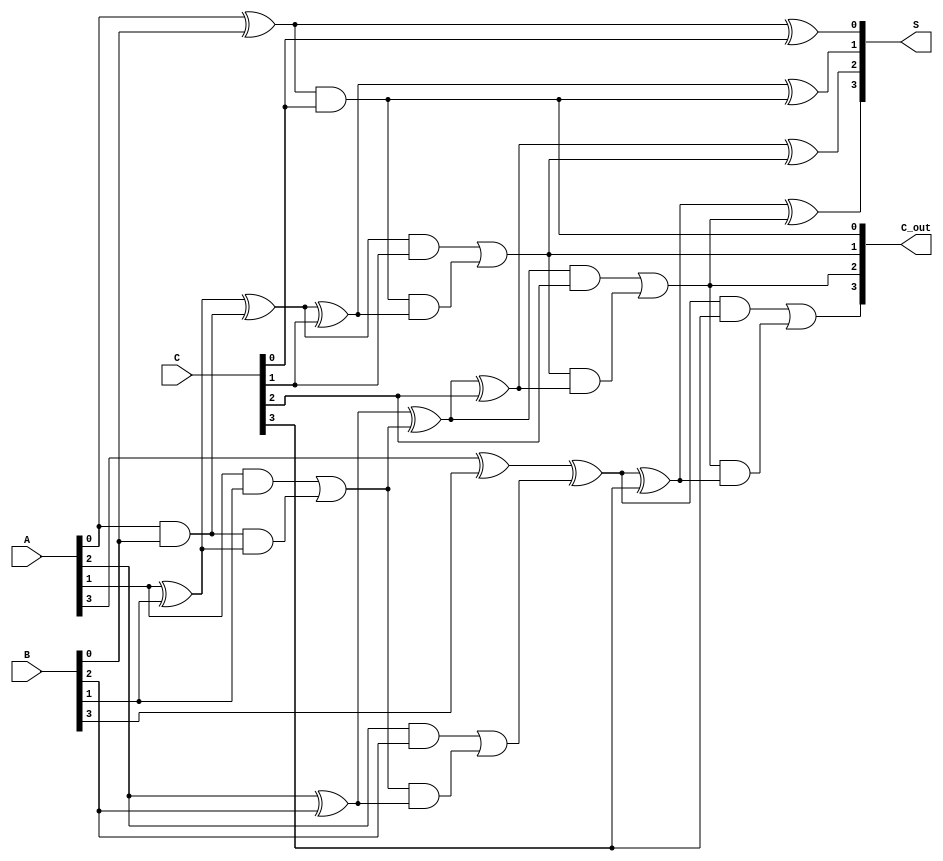
module DynamicCarrySaveAdder #(parameter N = 4) (
    input  [N-1:0] A,
    input  [N-1:0] B,
    input  [N-1:0] C,
    output [N-1:0] S,
    output [N-1:0] C_out
);

    // Wires to hold intermediate sums and carries
    wire [N-1:0] S1, S2, C1, C2;

    // First stage: Pairwise addition of inputs
    // Full Adder for A and B
    genvar i;
    generate
        for (i = 0; i < N; i = i + 1) begin : full_adder_stage1
            if (i == 0) begin
                // For the first bit, carry-in is 0
                assign S1[i] = A[i] ^ B[i];
                assign C1[i] = A[i] & B[i];
            end else begin
                assign S1[i] = A[i] ^ B[i] ^ C1[i-1];
                assign C1[i] = (A[i] & B[i]) | (C1[i-1] & (A[i] ^ B[i]));
            end
        end
    endgenerate

    // Second stage: Add C to the results of first stage
    generate
        for (i = 0; i < N; i = i + 1) begin : full_adder_stage2
            if (i == 0) begin
                // For the first bit, carry-in is 0
                assign S2[i] = S1[i] ^ C[i];
                assign C2[i] = S1[i] & C[i];
            end else begin
                assign S2[i] = S1[i] ^ C[i] ^ C2[i-1];
                assign C2[i] = (S1[i] & C[i]) | (C2[i-1] & (S1[i] ^ C[i]));
            end
        end
    endgenerate

    // Final outputs
    assign S = S2;
    assign C_out = C2;

endmodule